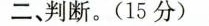
二、判断。(15分)